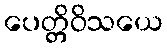
ပေတ္တိဝိသယေ